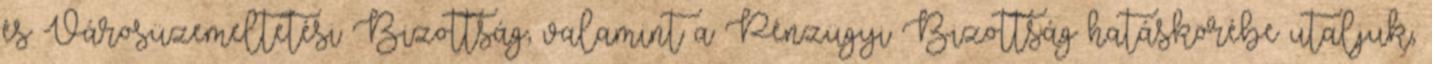
és Városüzemeltetési Bizottság, valamint a Pénzügyi Bizottság hatáskörébe utaljuk,